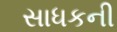
સાધકની